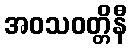
အဝသဝတ္တိနီ